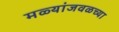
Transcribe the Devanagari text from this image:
मळ्यांजवळच्या